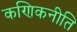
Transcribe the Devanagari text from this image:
कणिकनीति